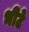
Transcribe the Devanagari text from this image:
भीटे